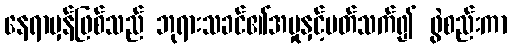
နေရာမှန်ဖြစ်သည် ဘုရားသခင်၏အမှုနှင့်ပတ်သက်၍ ဖွဲစည်းကာ